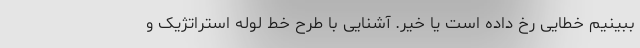
ببینیم خطایی رخ داده است یا خیر. آشنایی با طرح خط لوله استراتژیک و